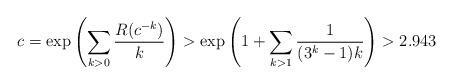
LaTeX: \begin{align*}c=\exp\left(\sum_{k>0}{R(c^{-k})\over k}\right)>\exp\left(1+\sum_{k>1}{1\over(3^k-1)k}\right)>2.943\end{align*}